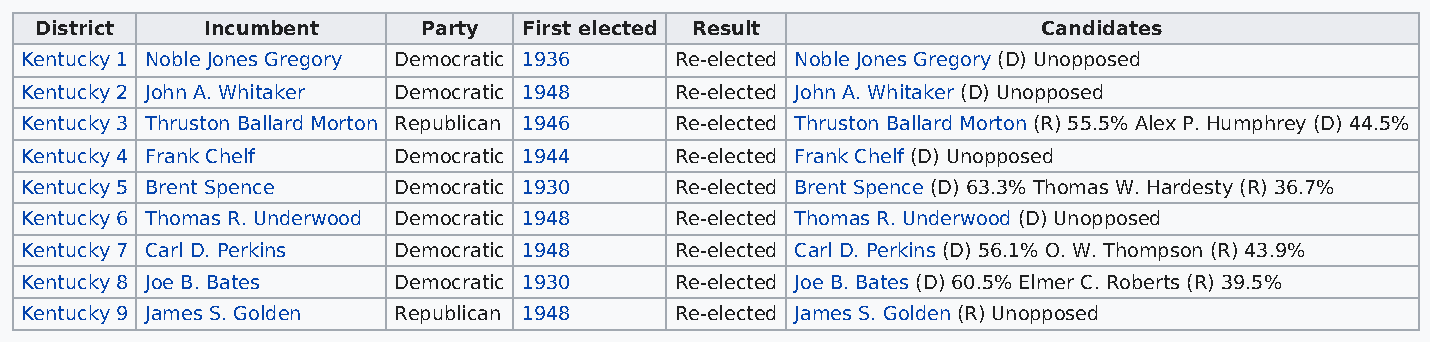
District   Incumbent      Party  First elected Result              Candidates
 Kentucky 1 Noble Jones Gregory Democratic 1936 Re-elected Noble Jones Gregory (D) Unopposed
 Kentucky 2 John A. Whitaker Democratic 1948 Re-elected John A. Whitaker (D) Unopposed
 Kentucky 3 Thruston Ballard Morton Republican 1946 Re-elected Thruston Ballard Morton (R) 55.5% Alex P. Humphrey (D) 44.5%
 Kentucky 4 Frank Chelf   Democratic 1944    Re-elected Frank Chelf (D) Unopposed
 Kentucky 5 Brent Spence  Democratic 1930    Re-elected Brent Spence (D) 63.3% Thomas W. Hardesty (R) 36.7%
 Kentucky 6 Thomas R. Underwood Democratic 1948 Re-elected Thomas R. Underwood (D) Unopposed
 Kentucky 7 Carl D. Perkins Democratic 1948  Re-elected Carl D. Perkins (D) 56.1% O. W. Thompson (R) 43.9%
 Kentucky 8 Joe B. Bates  Democratic 1930    Re-elected Joe B. Bates (D) 60.5% Elmer C. Roberts (R) 39.5%
 Kentucky 9 James S. Golden Republican 1948  Re-elected James S. Golden (R) Unopposed